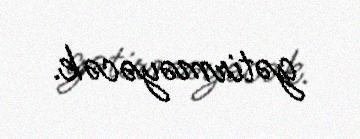
gətirməyəcək.